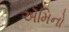
ઍમિનો